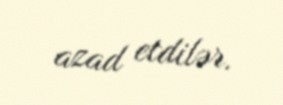
azad etdilər.